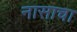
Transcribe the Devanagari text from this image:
नासाचा